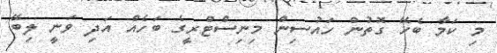
މި ކަމާ ބެހޭ ގޮތުން ހައުސިން މިނިސްޓްރީގެ ބަހެއް އަދި ވަނީ ލިބޭ